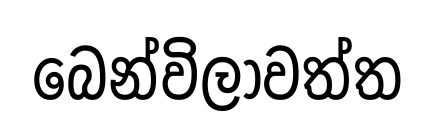
බෙන්විලාවත්ත